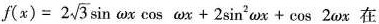
$$f ( x ) = 2 \sqrt { 3 } \sin \omega x + 2 \sin ^ { 2 } \omega x + \cos \omega x + 2 \omega x$$在